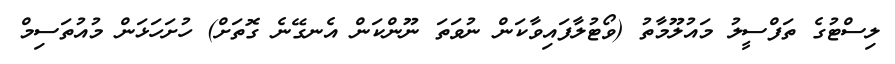
ލިސްޓުގެ ތަފްސީލު މައުލޫމާތު (ވޯޓުލާފައިވާކަން ނުވަތަ ނޫންކަން އެނގޭނެ ގޮތަށް) ހުށަހަޅަން މުއުތަސިމް